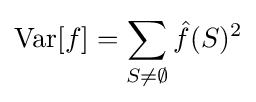
\operatorname {Var} [f]=\sum _{S\neq \emptyset }{\hat {f}}(S)^{2}